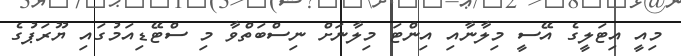
މިއީ އިޓަލީގެ އޭސީ މިލާނާއި އިންޓަ މިލާނަށް ނިސްބަތްވާ މި ސްޓޭޑިއަމުގައި ޔޫރަޕުގެ